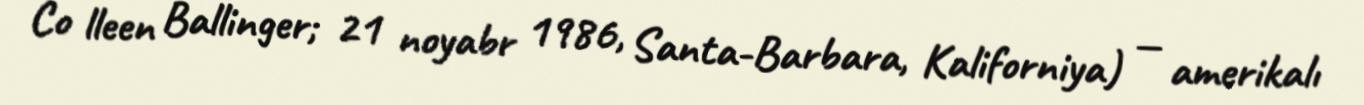
Co lleen Ballinger; 21 noyabr 1986, Santa-Barbara, Kaliforniya) — amerikalı